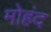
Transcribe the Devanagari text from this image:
मोहंद